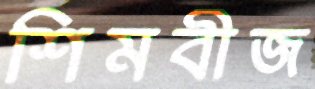
শিমবীজ